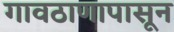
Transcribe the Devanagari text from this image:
गावठाणापासून